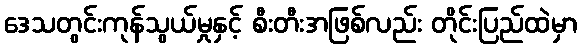
ဒေသတွင်းကုန်သွယ်မှုနှင့် စီးတီးအဖြစ်လည်း တိုင်းပြည်ထဲမှာ